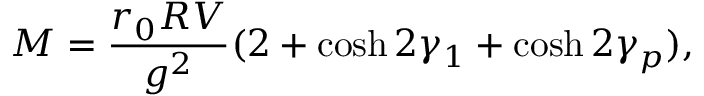
M = { \frac { r _ { 0 } R V } { g ^ { 2 } } } ( 2 + \cosh 2 \gamma _ { 1 } + \cosh 2 \gamma _ { p } ) ,